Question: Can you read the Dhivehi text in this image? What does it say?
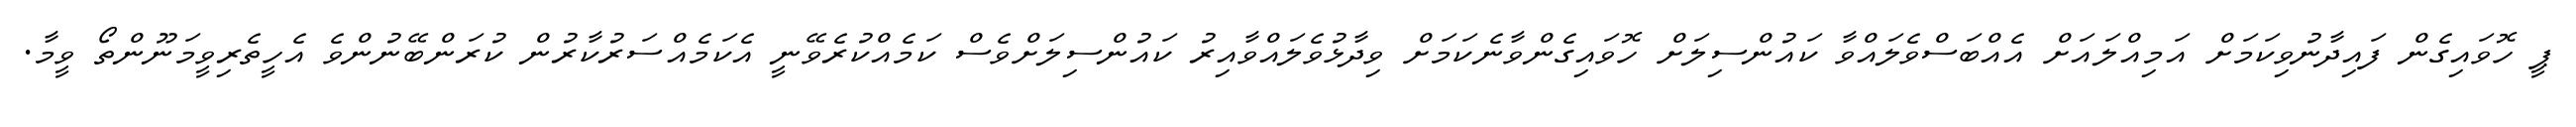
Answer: ޕީ ހޮވައިގެން ފައިދާނުވިކަމަށް އަމިއްލައަށް އެއްބަސްވެލައްވާ ކައުންސިލަށް ހޮވައިގެންވާނެކަމަށް ވިދާޅުވެލައްވާއިރު ކައުންސިލަށްވެސް ކަމެއްކުރެވޭނީ އެކަމެއްސަރުކާރުން ކުރަންބޭނުންވެ އެހީތެރިވީމަނޫންތޯ ވީމާ.